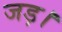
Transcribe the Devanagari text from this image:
जड़।